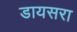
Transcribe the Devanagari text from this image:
डायसरा